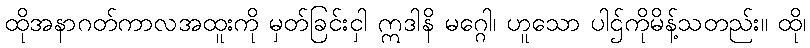
ထိုအနာဂတ်ကာလအထူးကို မှတ်ခြင်းငှါ ဣဒါနိ မဂ္ဂေါ၊ ဟူသော ပါဌ်ကိုမိန့်သတည်း။ ထို၊